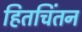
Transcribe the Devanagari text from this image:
हितचिंतन